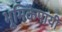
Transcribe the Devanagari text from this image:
भूमिकेपायी